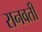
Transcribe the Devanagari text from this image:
रानवती